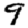
Digit: 9